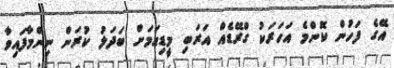
އޭގެ ފަހުން ކޮންމެ އަހަރަކު ގްރޭޑެއް އަރަބި މީޑިއަމަށް ބަދަލު ކުރަން ނިންމާފައިވާ